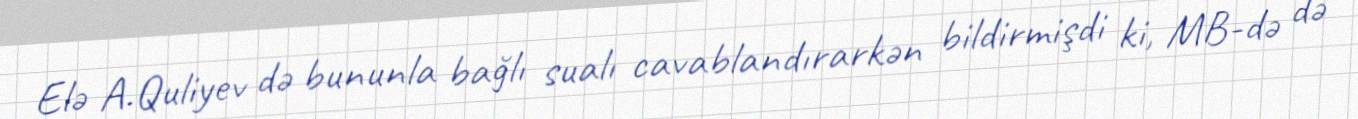
Elə A.Quliyev də bununla bağlı sualı cavablandırarkən bildirmişdi ki, MB-də də